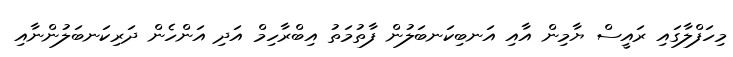
މިހަފްލާގައި ރައީސް ޔާމިން އާއި އަނބިކަނބަލުން ފާތުމަތު އިބްރާހިމް އަދި އަންހެން ދަރިކަނބަލުންނާއި